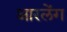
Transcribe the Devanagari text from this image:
आरलेंग